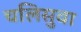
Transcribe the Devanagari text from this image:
चलिसुवा